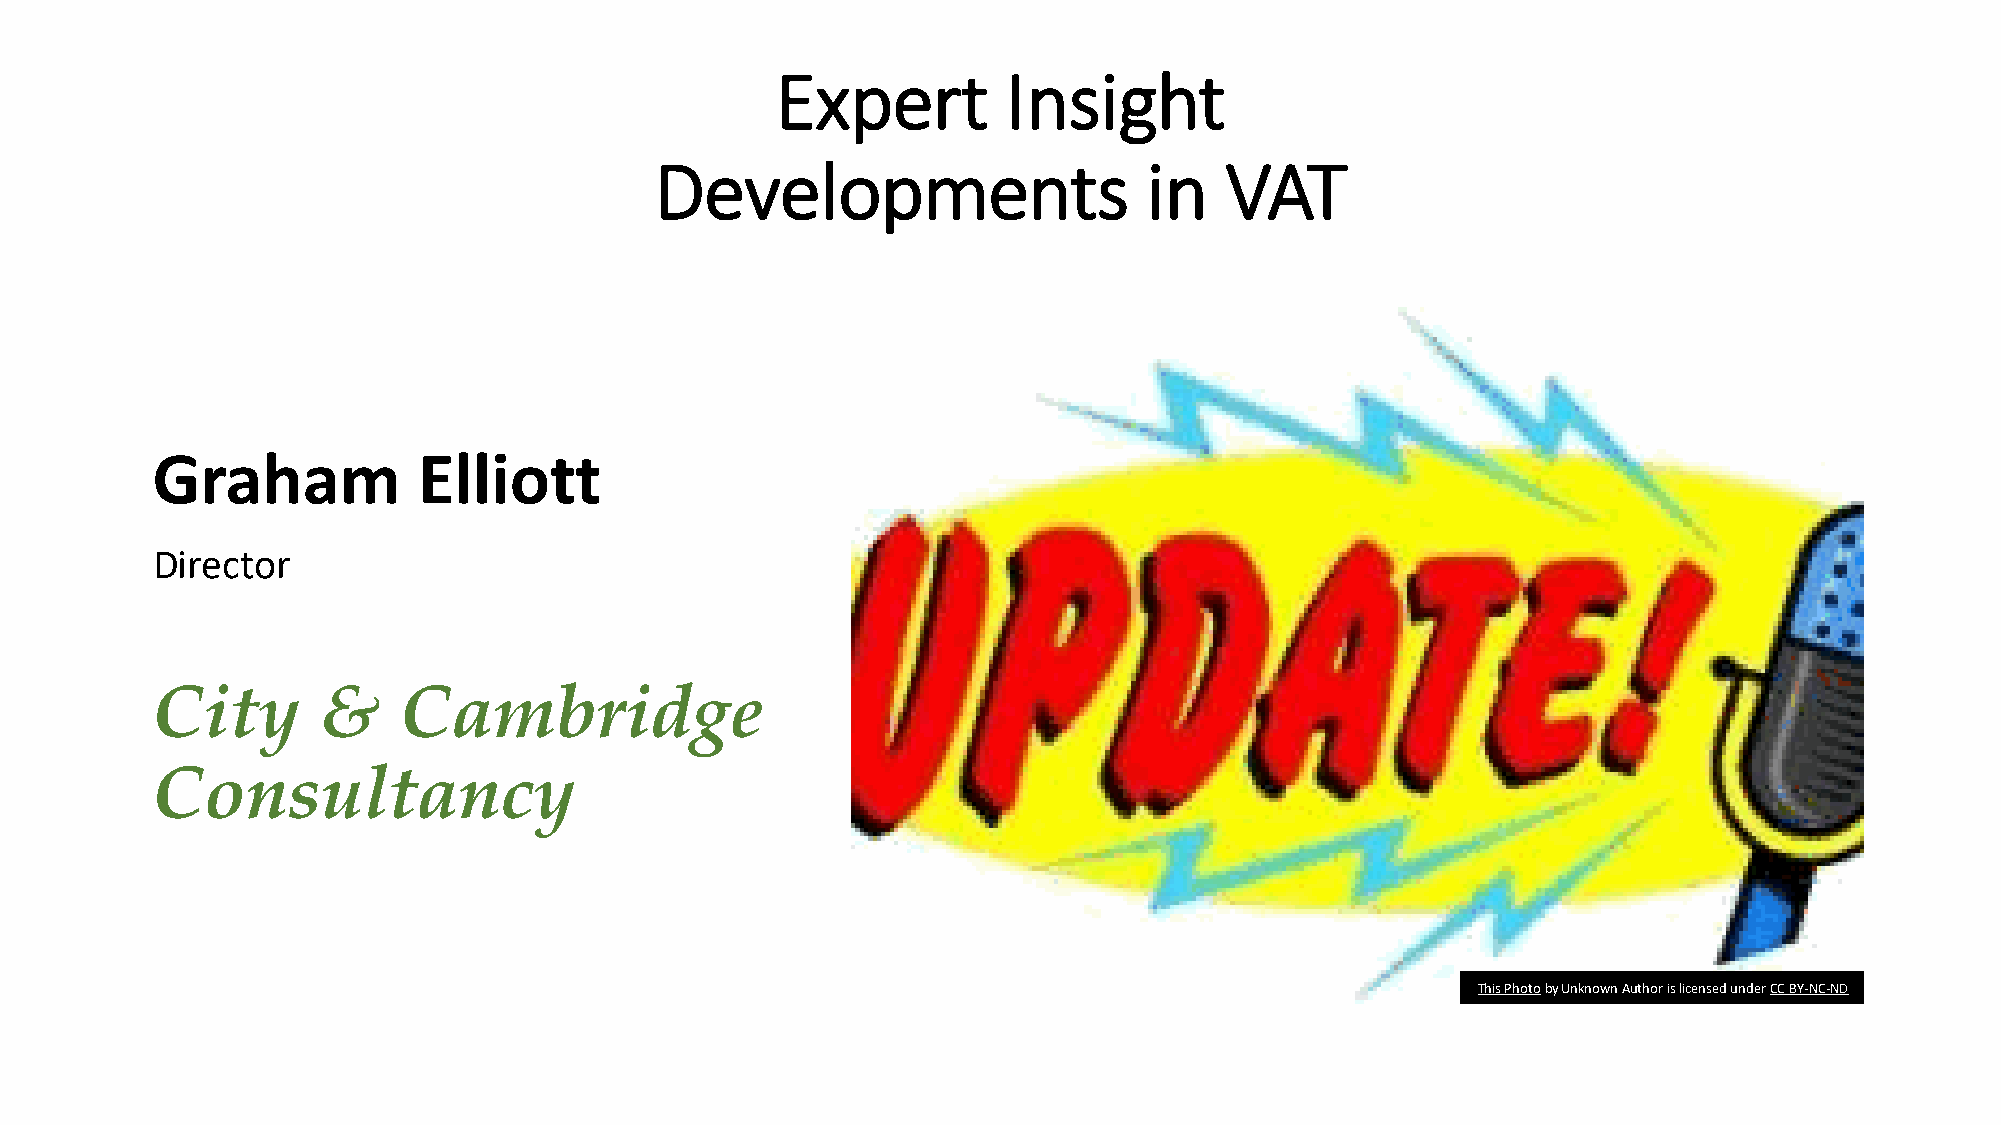
Expert          Insight
 Developments                     in   VAT
 Graham            Elliott
 Director
 City       &    Cambridge
 Consultancy
 This Photoby Unknown Author is licensed under CC BY-NC-ND